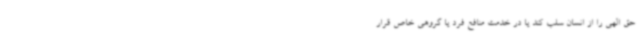
حق الهی را از انسان سلب کند یا در خدمت منافع فرد یا گروهی خاص قرار